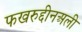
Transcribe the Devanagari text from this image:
फखरुद्दीनअली